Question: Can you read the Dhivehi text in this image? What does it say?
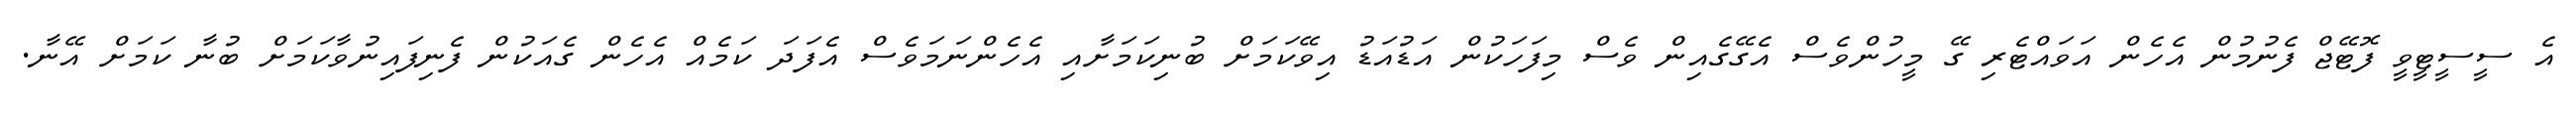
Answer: އެ ސީސީޓީވީ ފޮޓޭޖް ފެނުމުން އެހެން އަވައްޓެރި ގޭ މީހުންވެސް އެގޭގެއިން ވެސް މިފަހަކުން އަޑުއަޑު އިވޭކަމަށް ބުނިކަމަށާއި އެހެންނަމަވެސް އެފަދަ ކަމެއް އެހެން ގެއަކުން ފެނިފައިނުވާކަމަށް ބުނާ ކަމަށް އޭނާ.